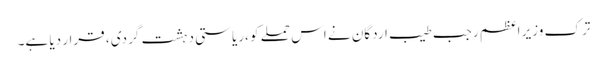
ترک وزیر اعظم رجب طیب اردگان نے اس حملے کو ،ریاستی دہشت گردی ، قرار دیا ہے۔